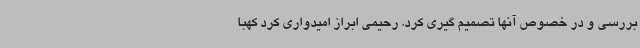
بررسی و در خصوص آنها تصمیم گیری کرد. رحیمی ابراز امیدواری کرد کهبا